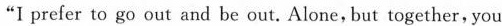
"I prefer to go out and be out. Alone, but together, you